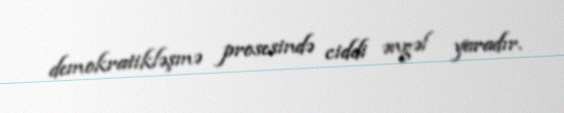
demokratikləşmə prosesində ciddi əngəl yaradır.